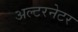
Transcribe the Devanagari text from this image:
अल्‍टरनेटर